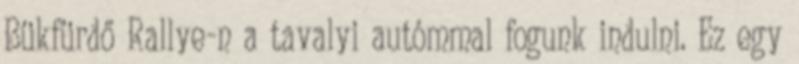
Bükfürdő Rallye-n a tavalyi autómmal fogunk indulni. Ez egy